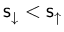
\mathsf { s } _ { \downarrow } < \mathsf { s } _ { \uparrow }